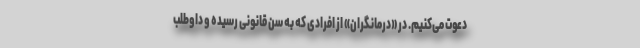
دعوت می‌کنیم. در «درمانگران» از افرادی که به سن قانونی رسیده و داوطلب